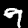
Label: 9